38_143685_box7_Incident_Summaries_1-100
Agency: Department of War
Page 6
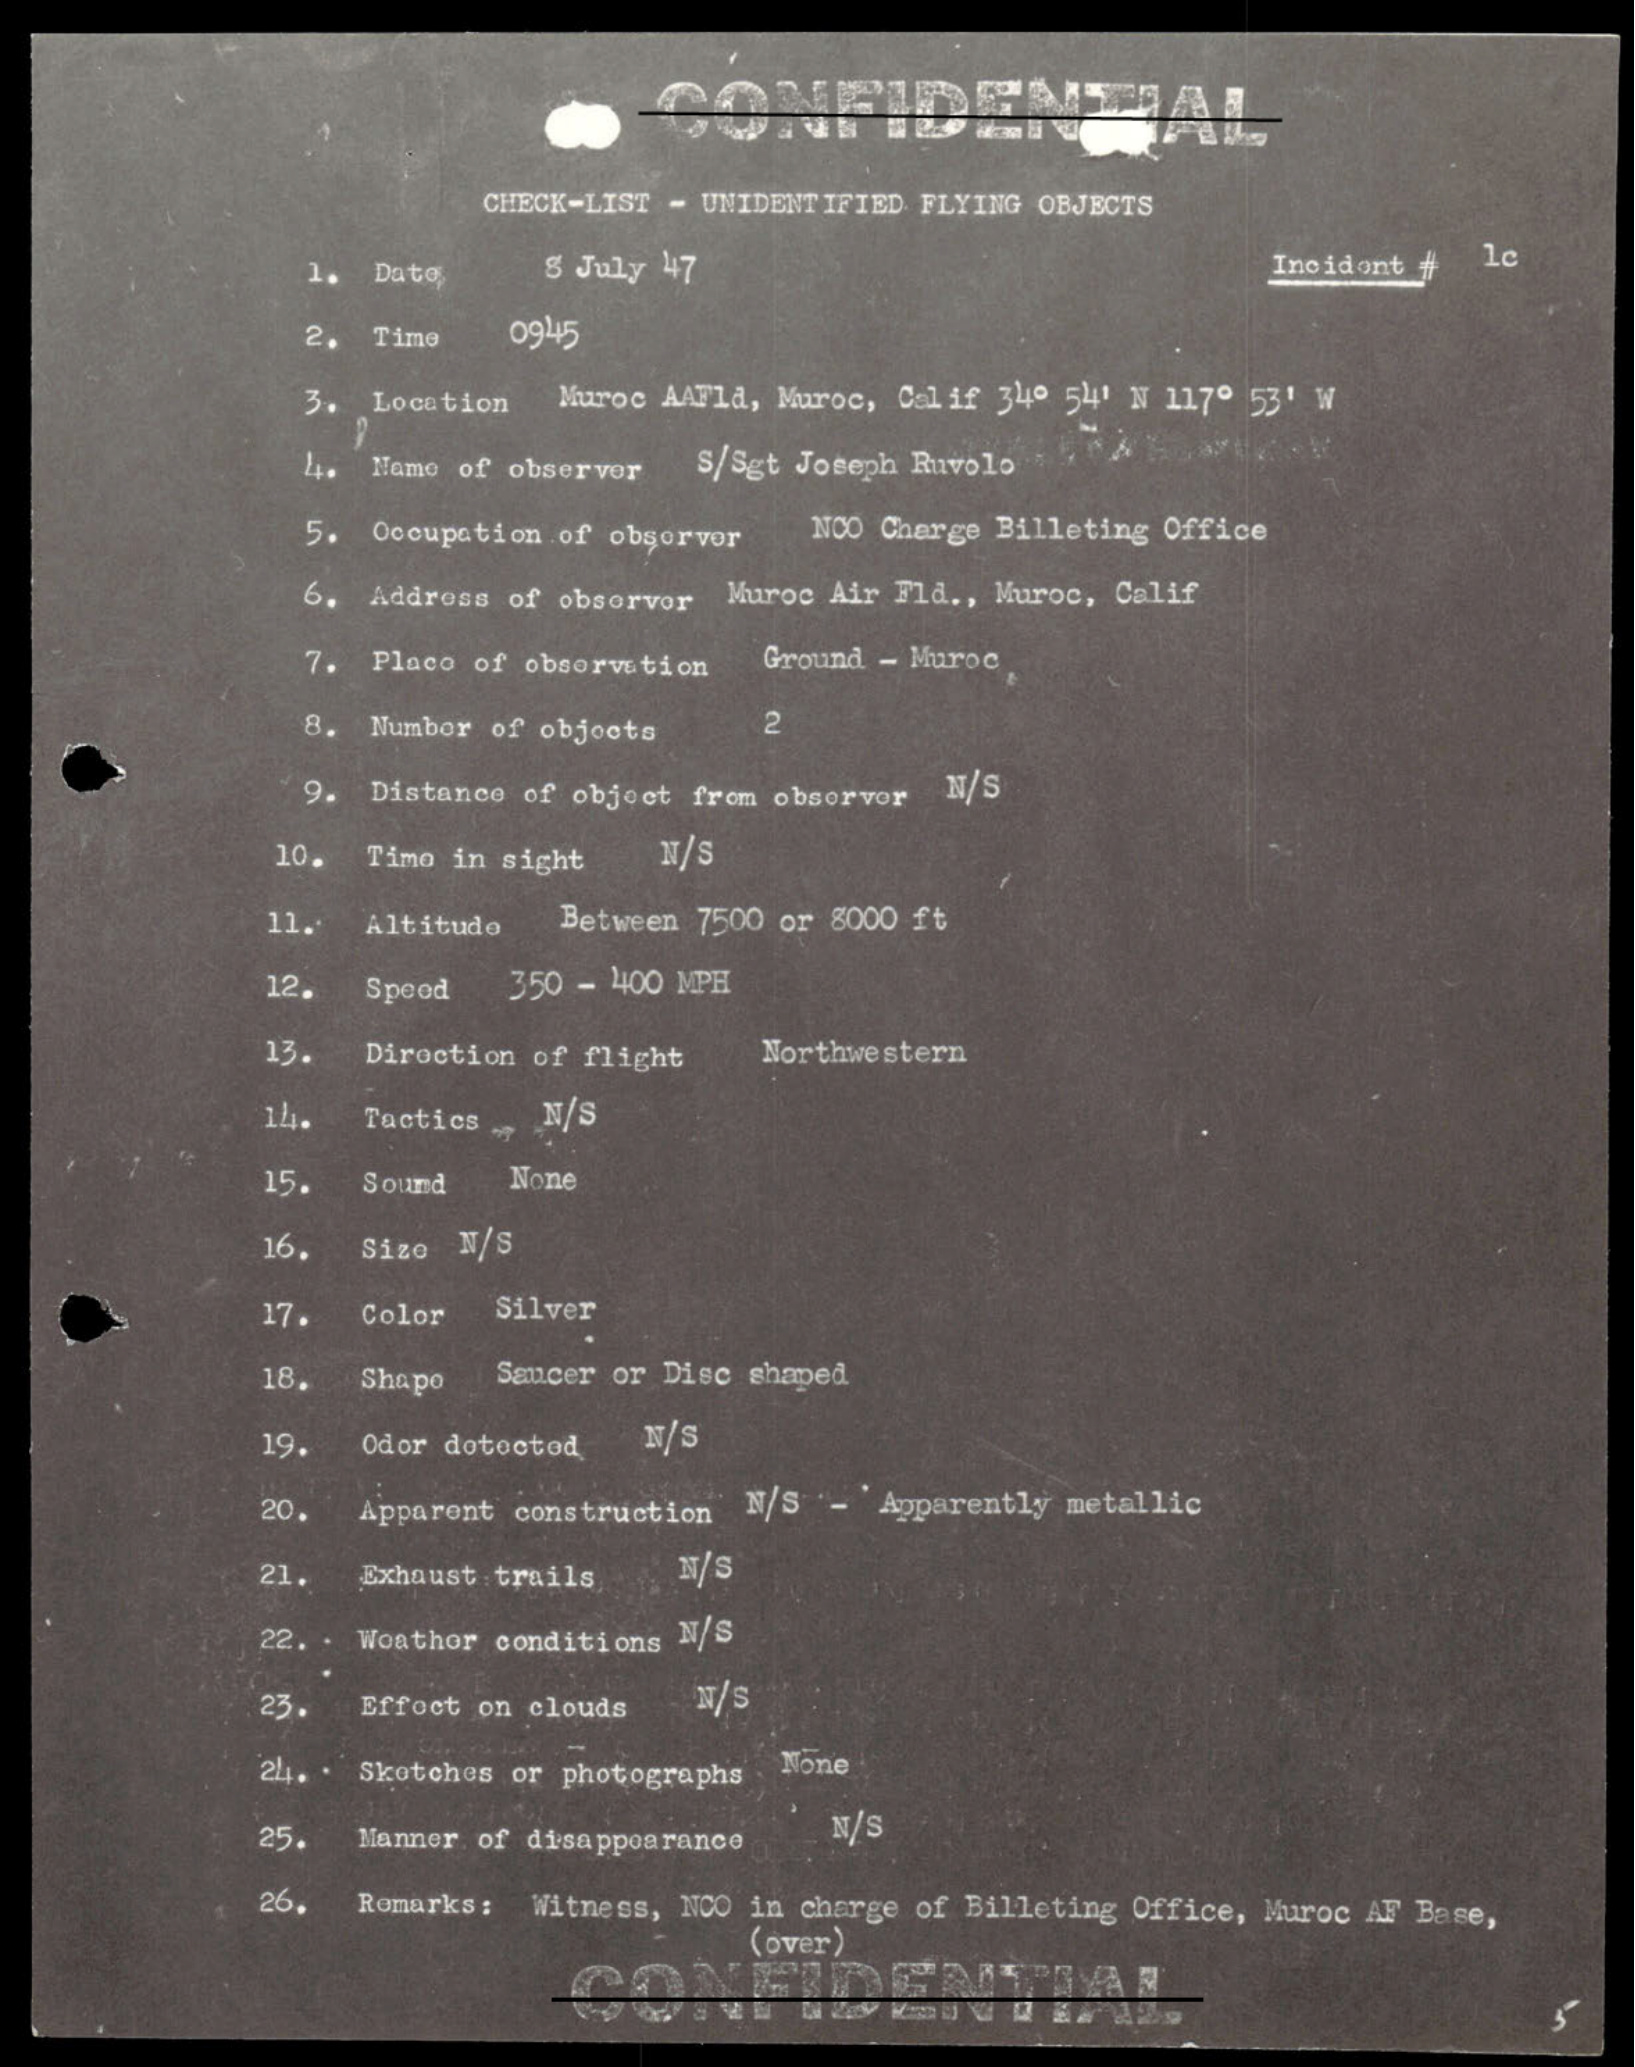